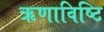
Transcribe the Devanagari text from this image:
ऋणाविष्टि